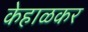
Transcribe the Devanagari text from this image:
केहाळकर